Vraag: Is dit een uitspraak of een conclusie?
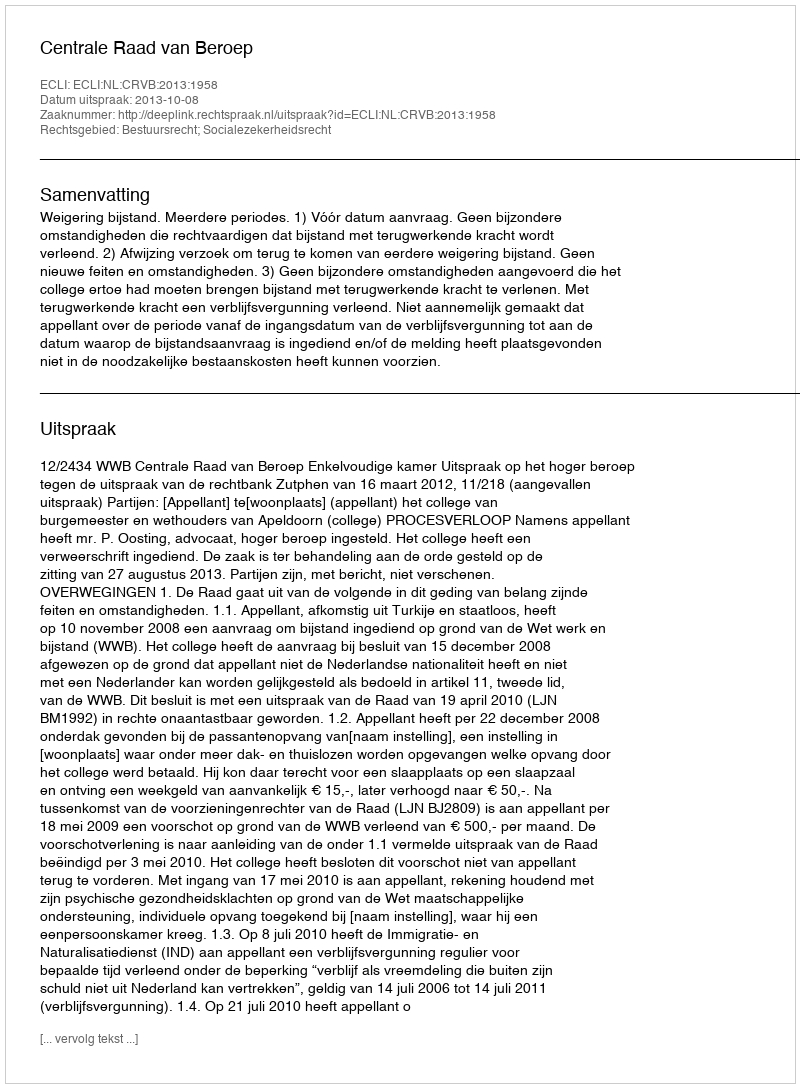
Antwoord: Uitspraak